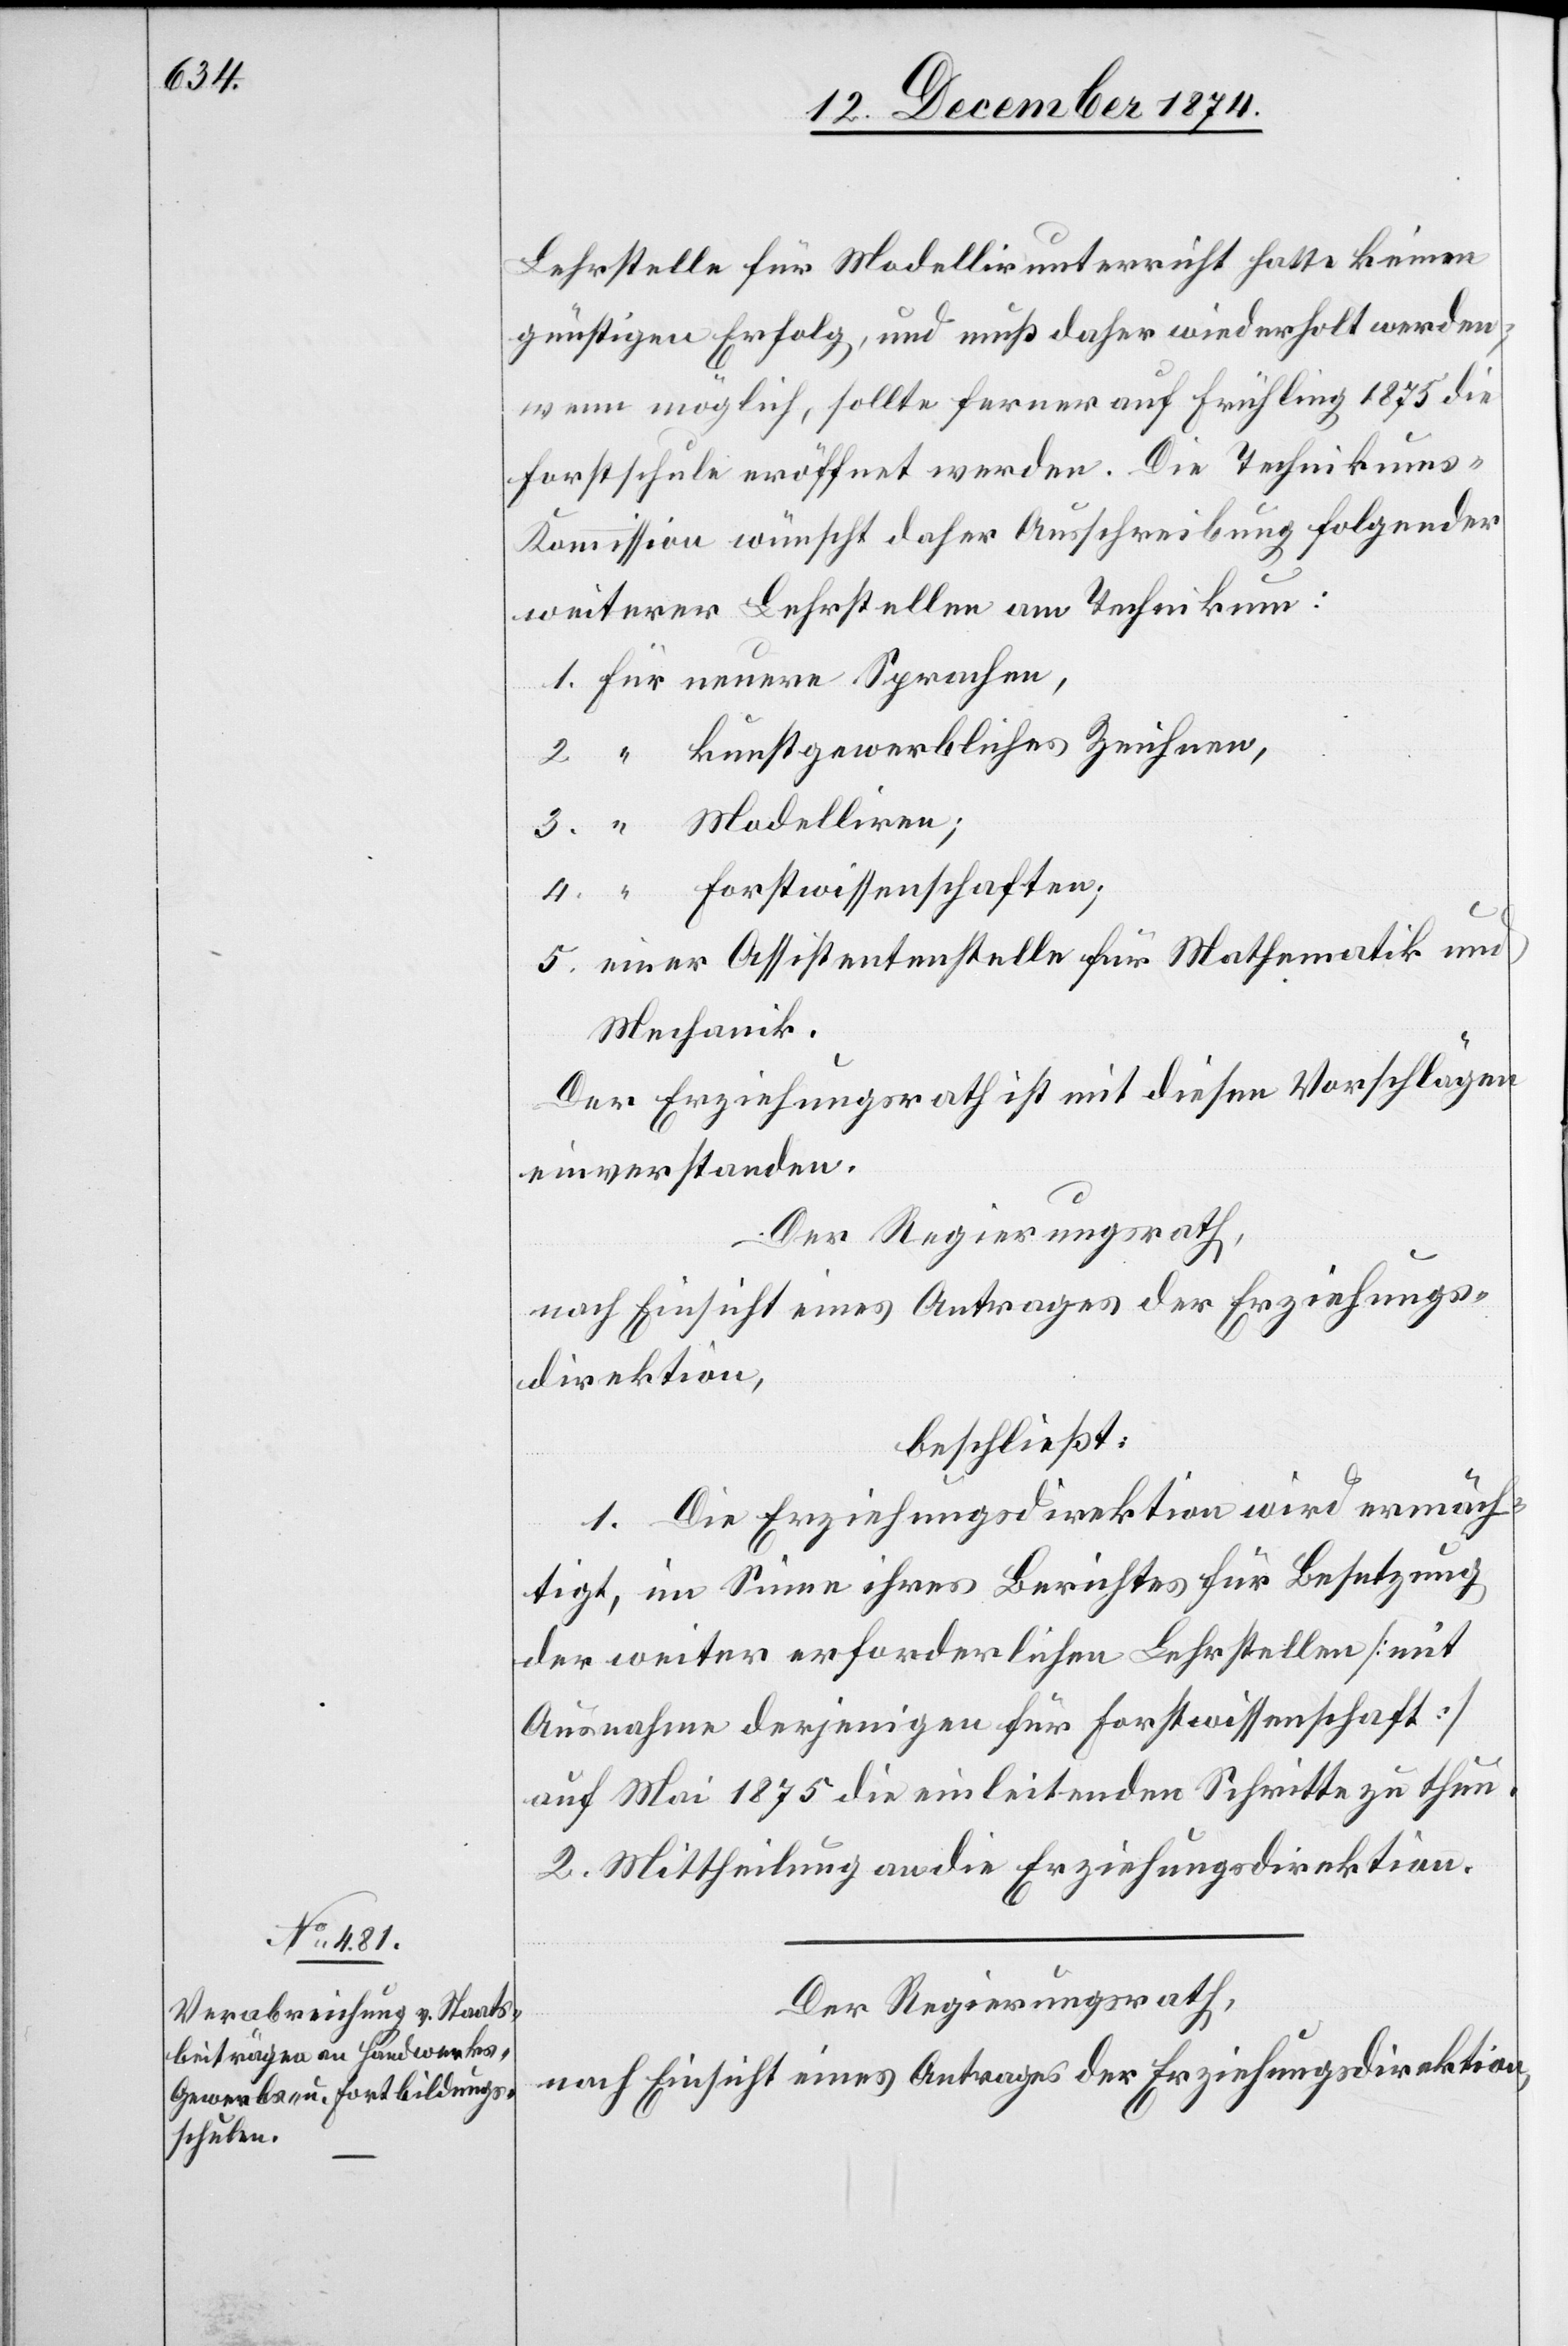
Lehrstelle für Modellirunterricht hatte keinen
günstigen Erfolg, und muß daher wiederholt werden;
wenn möglich, sollte ferner auf Frühling 1875 die
Forstschule eröffnet werden. Die Technikum¬
s-Kommission wünscht daher Ausschreibung folgender
weiterer Lehrstellen am Technikum:
1. Für neuere Sprachen,
2. “ kunstgewerbliches Zeichnen,
3. “ Modelliren;
4. “ Forstwissenschaften;
5. einer Assistentenstelle für Mathematik und
Mechanik.
Der Erziehungsrath ist mit diesen Vorschlägen
einverstanden.
Der Regierungsrath,
nach Einsicht eines Antrages der Erziehungs¬
direktion,
beschließt:
1. Die Erziehungsdirektion wird ermäch¬
tigt, im Sinne ihres Berichtes für Besetzung
der weiter erforderlichen Lehrstellen [mit
Ausnahme derjenigen für Forstwissenschaft]
auf Mai 1875 die einleitenden Schritte zu thun.
2. Mittheilung an die Erziehungsdirektion.
Der Regierungsrath,
nach Einsicht eines Antrages der Erziehungsdirektion,